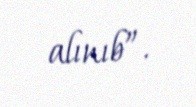
alınıb”.